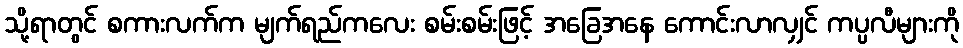
သို့ရာတွင် စကားလက်က မျက်ရည်ကလေး စမ်းစမ်းဖြင့် အခြေအနေ ကောင်းလာလျှင် ကပ္ပလီများကို